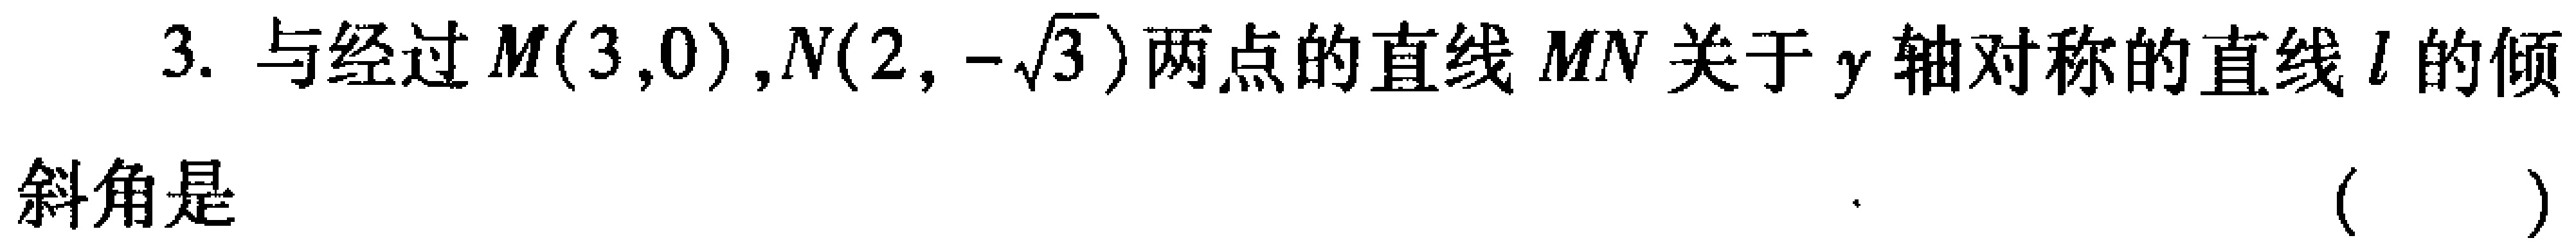
3. 与经过$M(3,0)$,$N(2,-\sqrt{3})$两点的直线$MN$关于$y$轴对称的直线$l$的倾
斜角是  （  ）